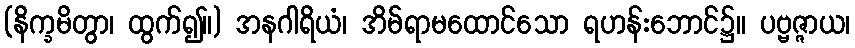
(နိက္ခမိတွာ၊ ထွက်၍။) အနဂါရိယံ၊ အိမ်ရာမထောင်သော ရဟန်းဘောင်၌။ ပဗ္ဗဇ္ဇာယ၊